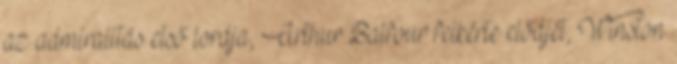
az admiralitás első lordja, Arthur Balfour felkérte elődjét, Winston